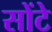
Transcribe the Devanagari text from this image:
सोंटे